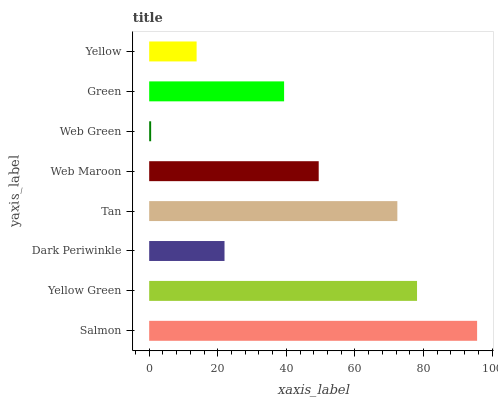
| yaxis_label | bars |
 | --- | --- |
 | Salmon | 95.6 |
 | Yellow Green | 78.1 |
 | Dark Periwinkle | 22 |
 | Tan | 72.4 |
 | Web Maroon | 49.4 |
 | Web Green | 0.573 |
 | Green | 39.3 |
 | Yellow | 13.8 |